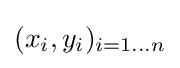
(x_{i},y_{i})_{i=1\dots n}